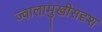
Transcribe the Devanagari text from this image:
ज्वालामुखीसदृश